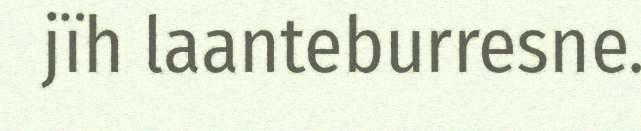
jïh laanteburresne.